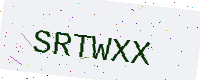
Text: SRTWXX